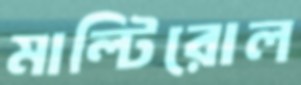
মাল্টিরোল